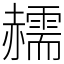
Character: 䞕